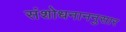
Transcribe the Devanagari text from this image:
संशोधनाननुसार